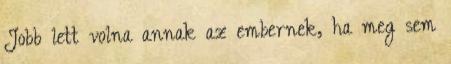
Jobb lett volna annak az embernek, ha meg sem